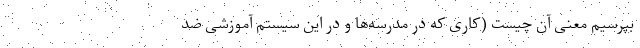
بپرسیم معنی آن چیست (کاری که در مدرسه‌ها و در این سیستم آموزشی ضد